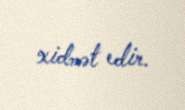
xidmət edir.